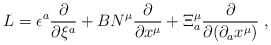
LaTeX: \begin{align*}L=\epsilon^a\frac{\partial}{\partial\xi^a}+B N^\mu\frac{\partial}{\partial x^\mu}+\Xi^\mu_a\frac{\partial}{\partial (\partial_a x^\mu)}\;,\end{align*}